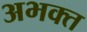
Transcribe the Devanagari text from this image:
अभक्‍त